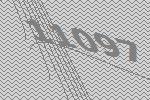
11097